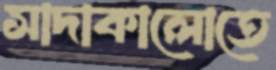
সাদাকালোতে